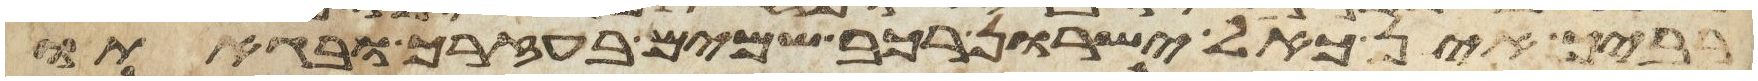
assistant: רביך אין כאל ישרון רכב שמים בעזרך ובגאתו